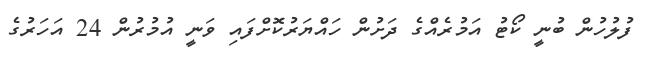
ފުލުހުން ބުނީ ކޯޓު އަމުރެއްގެ ދަށުން ހައްޔަރުކޮށްފައި ވަނީ އުމުރުން 24 އަހަރުގެ